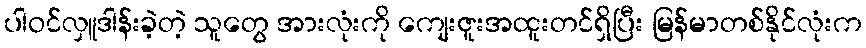
ပါဝင်လှူဒါန်းခဲ့တဲ့ သူတွေ အားလုံးကို ကျေးဇူးအထူးတင်ရှိပြီး မြန်မာတစ်နိုင်လုံးက